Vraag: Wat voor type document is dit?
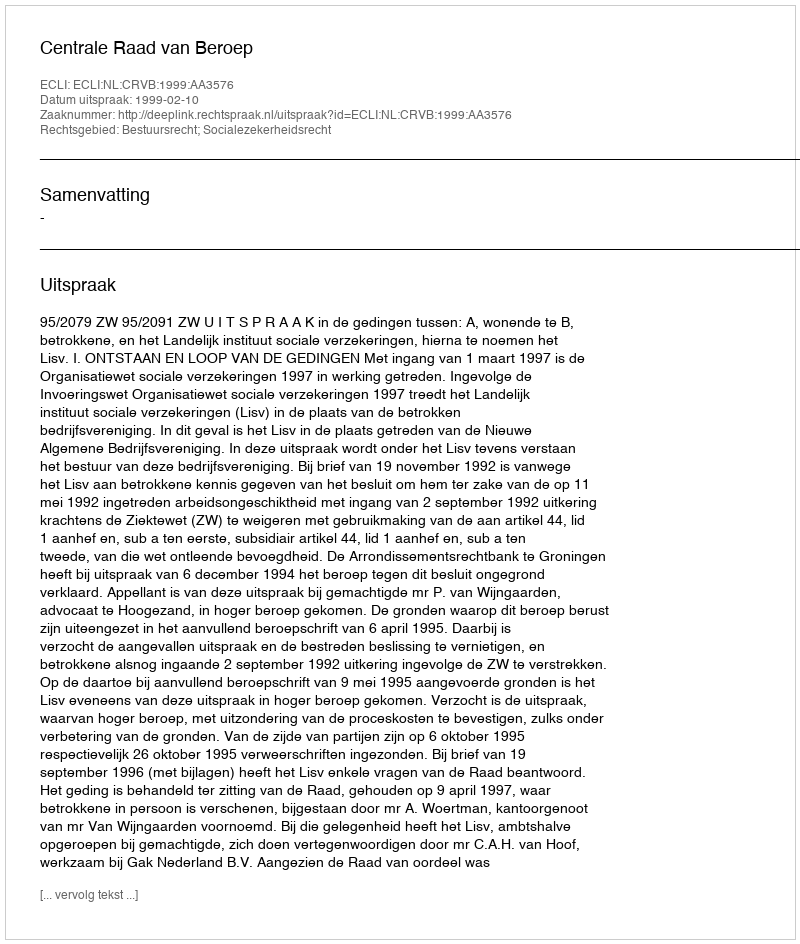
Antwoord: Uitspraak